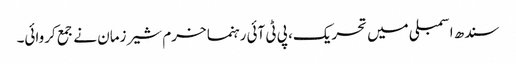
سندھ اسمبلی میں تحریک، پی ٹی آئی رہنما خرم شیر زمان نے جمع کروائی۔